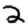
Digit: 2